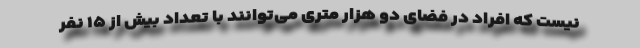
نیست که افراد در فضای دو هزار متری می‌توانند با تعداد بیش از ۱۵ نفر